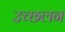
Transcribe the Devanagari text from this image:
उच्छलन